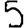
Digit: 5